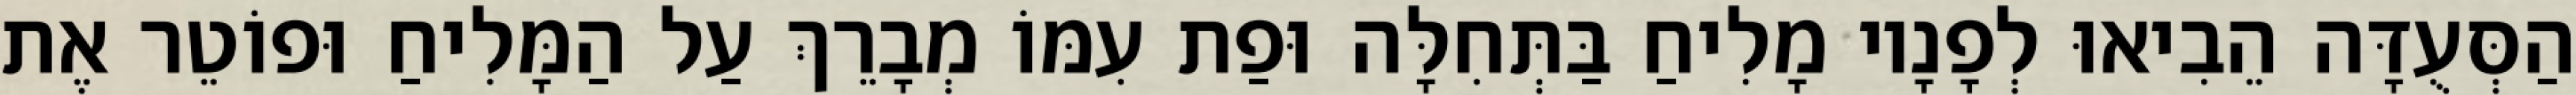
הַסְּעֻדָּה הֵבִיאוּ לְפָנָיו מָלִיחַ בַּתְּחִלָּה וּפַת עִמּוֹ מְבָרֵךְ עַל הַמָּלִיחַ וּפוֹטֵר אֶת